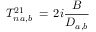
T _ { n \, a , b } ^ { 2 1 } \, = \, 2 i \frac { B } { D _ { a , b } }